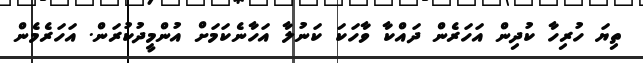
ތިޔަ ހުރިހާ ކުދިން އަހަރެން ދައްކާ ވާހަކަ ކަނުލާ އަހާނެކަމަށް އުންމީދުކުރަން. އަހަރެމެން